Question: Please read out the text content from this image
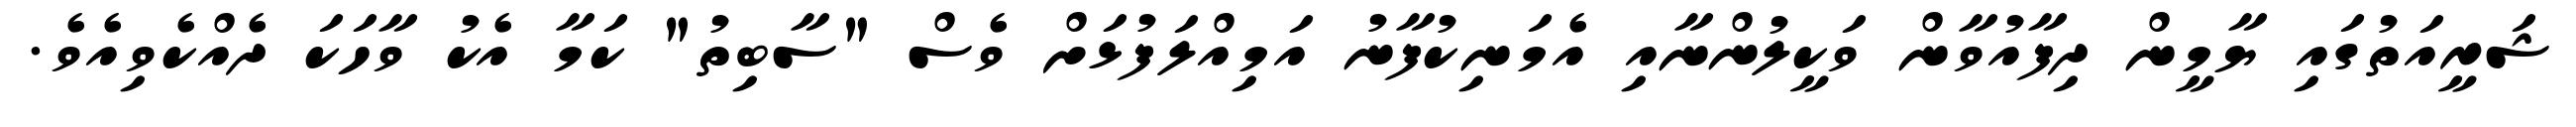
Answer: ޝަރީއަތުގައި ޔާމީން ދިފާއުވާން ވަކީލުންނާއި އެމަނިކުފާނު އަމިއްލަފުޅަށް ވެސް "ސާބިތު" ކަމާ އެކު ވާހަކަ ދެއްކެވިއެވެ.